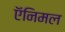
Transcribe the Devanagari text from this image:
ऍनिमल